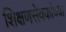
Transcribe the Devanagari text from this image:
शिक्षणसेवकांच्या